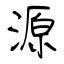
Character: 源